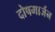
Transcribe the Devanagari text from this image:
दोषमार्जन